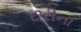
છરીના